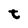
Character: t